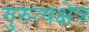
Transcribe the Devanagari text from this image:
गुरुत्वक्षेत्र